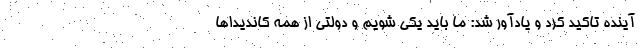
آینده تاکید کرد و یادآور شد: ما باید یکی شویم و دولتی از همه کاندیداها